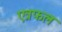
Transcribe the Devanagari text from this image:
एत्रफल